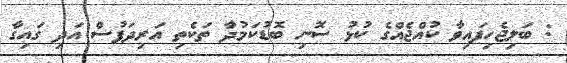
: ބަލިޖެހިފައިވާ ކުއްޖެއްގެ ކުޅު ސޮނި ބޮޑުކަމުދާ ތަކެތި އަރިދަފުސް އަދި ގައިގާ